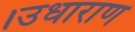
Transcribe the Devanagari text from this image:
।उधाराण